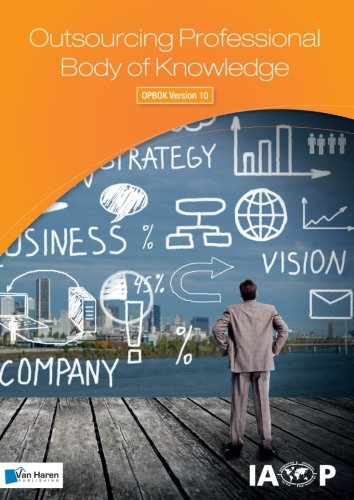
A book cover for Outsourcing Professional Body of Knowledge - OPBOK Version 10; Iaop; Business & Money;